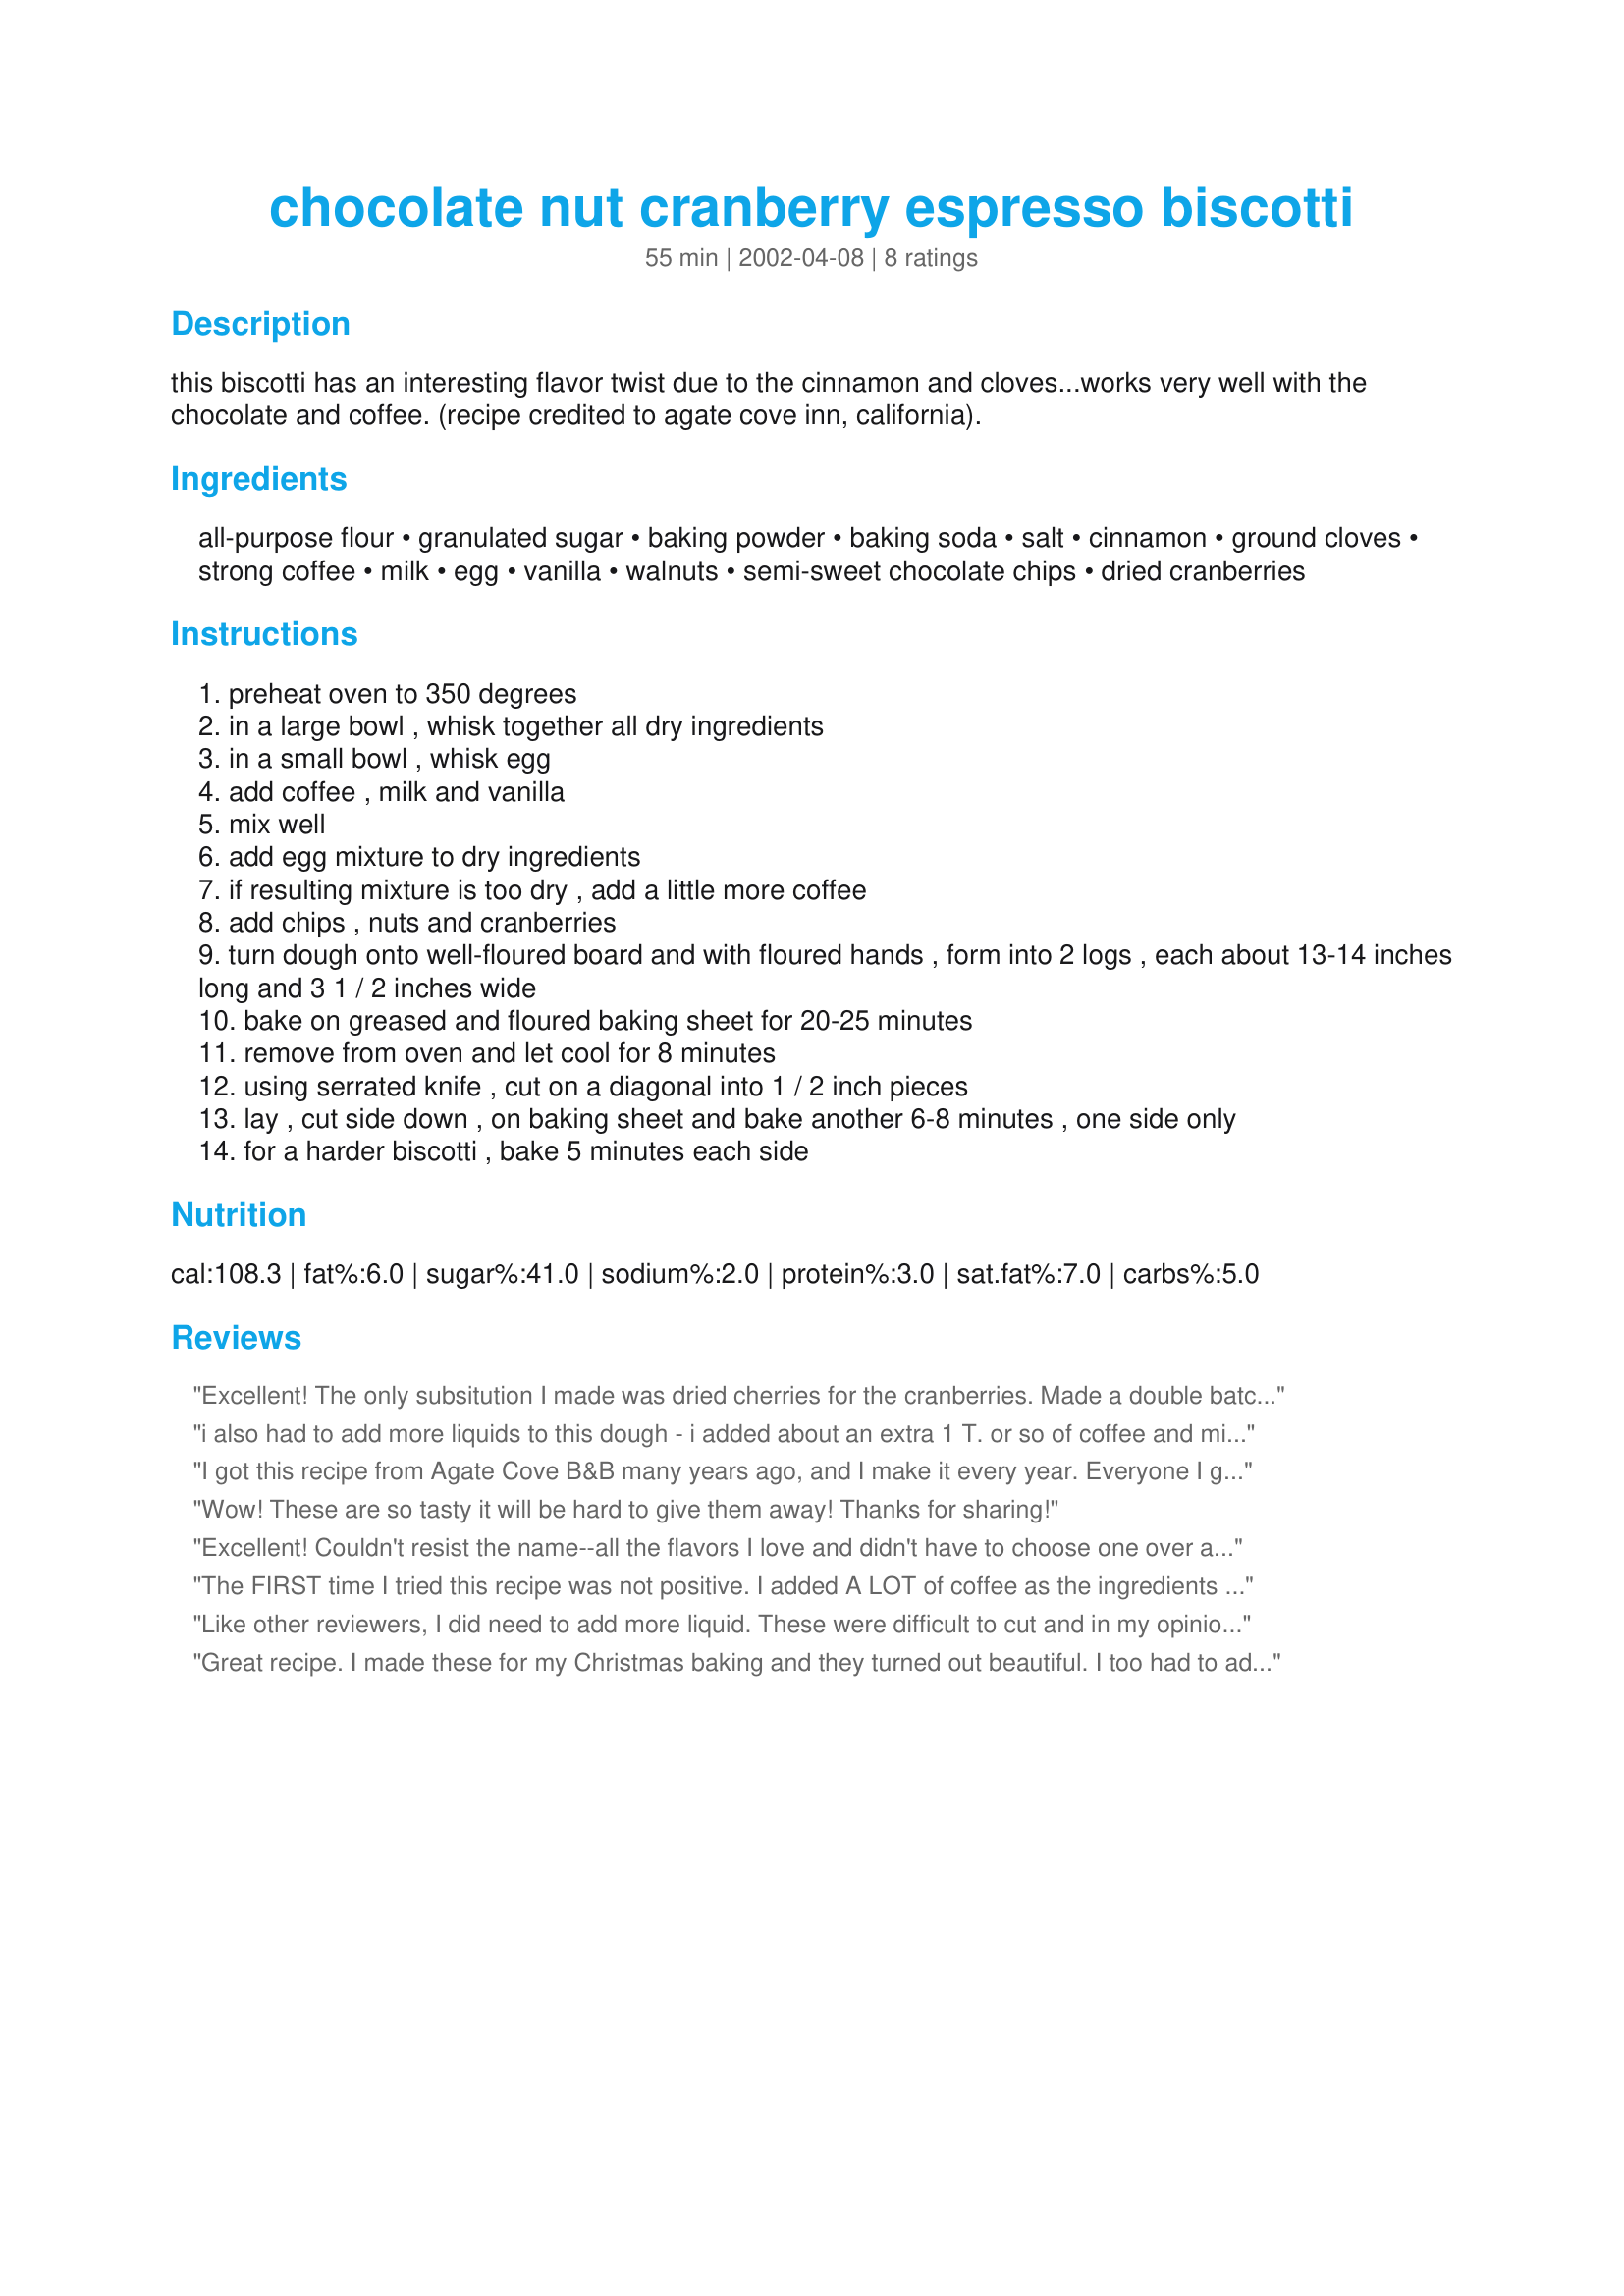
chocolate nut cranberry espresso biscotti
Preparation time: 55 minutes

this biscotti has an interesting flavor twist due to the cinnamon and cloves...works very well with the chocolate and coffee. (recipe credited to agate cove inn, california).

Ingredients:
all-purpose flour, granulated sugar, baking powder, baking soda, salt, cinnamon, ground cloves, strong coffee, milk, egg, vanilla, walnuts, semi-sweet chocolate chips, dried cranberries

Steps:
preheat oven to 350 degrees
in a large bowl , whisk together all dry ingredients
in a small bowl , whisk egg
add coffee , milk and vanilla
mix well
add egg mixture to dry ingredients
if resulting mixture is too dry , add a little more coffee
add chips , nuts and cranberries
turn dough onto well-floured board and with floured hands , form into 2 logs , each about 13-14 inches long and 3 1 / 2 inches wide
bake on greased and floured baking sheet for 20-25 minutes
remove from oven and let cool for 8 minutes
using serrated knife , cut on a diagonal into 1 / 2 inch pieces
lay , cut side down , on baking sheet and bake another 6-8 minutes , one side only
for a harder biscotti , bake 5 minutes each side

Reviews:
Excellent! The only subsitution I made was dried cherries for the cranberries. Made a double batch. Next time I will try it and substitute almonds for the walnuts and maybe almond liquer for the milk. MMMMM!
i also had to add more liquids to this dough - i added about an extra 1 T. or so of coffee and milk and 1 T. of canola oil. i also used pecans instead of walnuts. really yummy!
I got this recipe from Agate Cove B&B many years ago, and I make it every year. Everyone I give these biscotti to absolutely RAVES about them and I get many requests for the recipe. Maybe due to the dry climate, I have to add more coffee that the original recipe calls for. My advice is: make a double batch; they are soooo good!!!
Wow! These are so tasty it will be hard to give them away! Thanks for sharing!

Excellent! Couldn't resist the name--all the flavors I love and didn't have to choose one over another. If you're looking for a good gift--this is it--if you can keep your hands off!
The FIRST time I tried this recipe was not positive. I added A LOT of coffee as the ingredients would not hold together. I ended up with large, very tasty, chunks. Not attractive enough to serve as biscotti, but great crumbled over vanilla bean ice cream!
 The SECOND time I made the following changes: I chopped the chocolate chips into small pieces. Did the same with the cranberries and continued using dry toasted chopped pecans and Splenda instead of sugar. I added 1/4 cup Canola Oil. Placed the baked logs in the freezer for 10 minutes before cutting. After step 13, placed biscotti on cooling rack overnight. YUM!
Like other reviewers, I did need to add more liquid. These were difficult to cut and in my opinion the amount of chocolate chips should be reduced by about half. I'm not sure I would make this recipe again.
Great recipe. I made these for my Christmas baking and they turned out beautiful. I too had to add a fair amount more coffee as the batter was very dry. Thanks for the excellent recipe.
